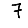
Digit: 7